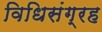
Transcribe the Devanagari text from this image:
विधिसंग्रह